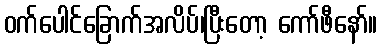
ဝက်ပေါင်ခြောက်အလိပ်၊ပြီးတော့ ကော်ဖီနော်။